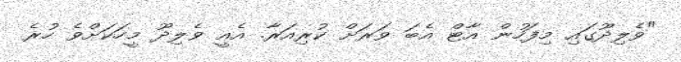
"ވެލިދޫގައި މިފަހުން އާޓް އެބަ ވަރަށް ކުރިއަރާ. އެއީ ވެލިދޫ މީހަކަށްވެ ހުރެ